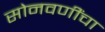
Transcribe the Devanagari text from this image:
सोनवणींचा